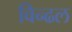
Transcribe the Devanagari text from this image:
विन्ढल